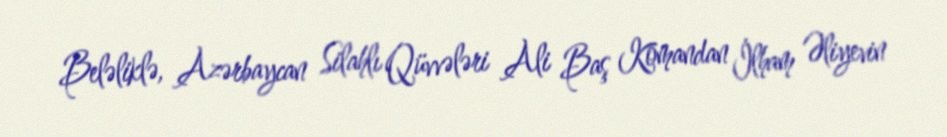
Beləliklə, Azərbaycan Silahlı Qüvvələri Ali Baş Komandan İlham Əliyevin